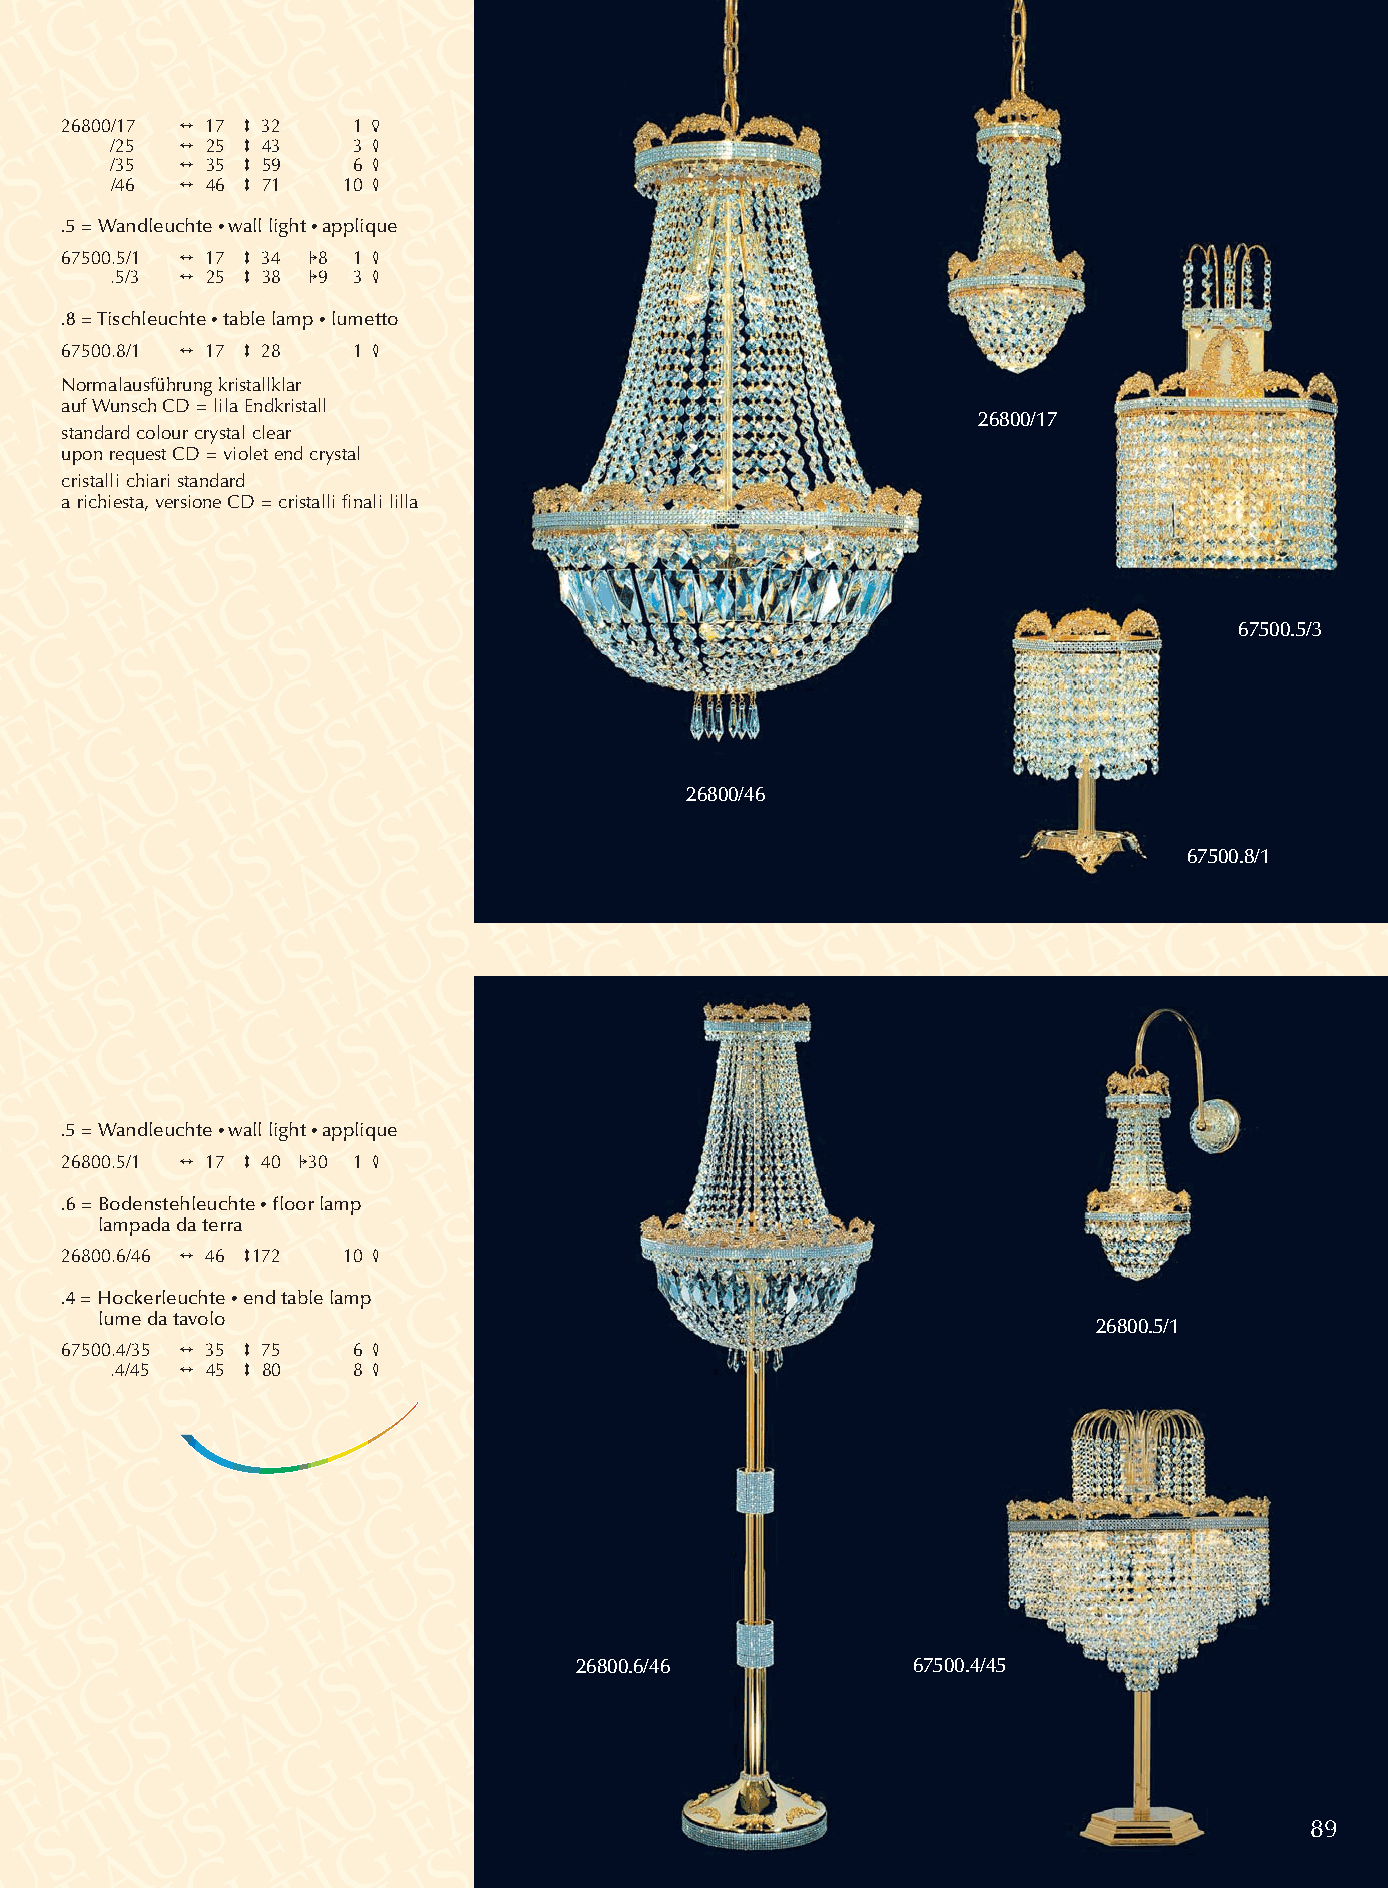
26800/17 2 17 3 32 1 5
 /25  2 25 3 43  3 4
 /35  2 35 3 59  6 4
 /46  2 46 3 71  10 4
 .5 = Wandleuchte •wall light •applique
 67500.5/1 2 17 3 34 18 1 4
 .5/3 2 25 3 38 19 3 4
 .8 = Tischleuchte •table lamp •lumetto
 67500.8/1 2 17 3 28 1 4
 Normalausführung kristallklar
 auf Wunsch CD = lila Endkristall
 26800/17
 standard colour crystal clear
 upon request CD = violet end crystal
 cristalli chiari standard
 a richiesta, versione CD = cristalli finali lilla
 67500.5/3
 26800/46
 67500.8/1
 .5 = Wandleuchte •wall light •applique
 26800.5/1 2 17 3 40 130 1 4
 .6 = Bodenstehleuchte •floor lamp
 lampada da terra
 26800.6/46 2 46 3172 10 4
 .4 = Hockerleuchte •end table lamp
 lume da tavolo
 26800.5/1
 67500.4/35 2 35 3 75 6 4
 .4/45 2 45 3 80 8 4
 26800.6/46            67500.4/45
 89